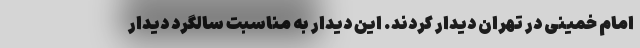
امام خمینی در تهران دیدار کردند. این دیدار به مناسبت سالگرد دیدار